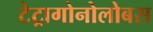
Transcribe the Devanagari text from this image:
टेट्रागोनोलोबस